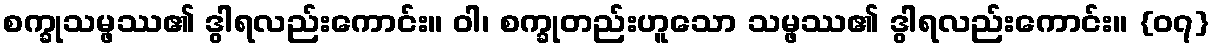
စက္ခုသမ္ဖဿ၏ ဒွါရလည်းကောင်း။ ဝါ၊ စက္ခုတည်းဟူသော သမ္ဖဿ၏ ဒွါရလည်းကောင်း။ {၀၇}